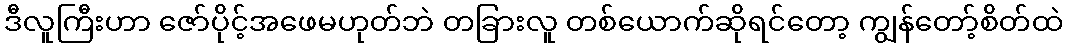
ဒီလူကြီးဟာ ဇော်ပိုင့်အဖေမဟုတ်ဘဲ တခြားလူ တစ်ယောက်ဆိုရင်တော့ ကျွန်တော့်စိတ်ထဲ